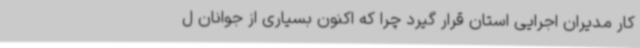
کار مدیران اجرایی استان قرار گیرد چرا که اکنون بسیاری از جوانان ل